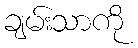
ချမ်းသာကို